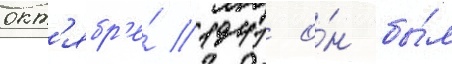
окт'ябр'е́ 1941 о́н бы́л